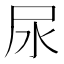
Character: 尿